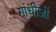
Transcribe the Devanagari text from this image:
गांधीजीं